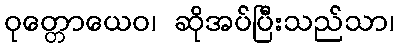
ဝုတ္တောယေဝ၊ ဆိုအပ်ပြီးသည်သာ၊